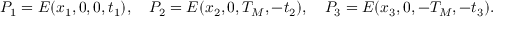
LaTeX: P _ { 1 } = E ( x _ { 1 } , 0 , 0 , t _ { 1 } ) , \quad P _ { 2 } = E ( x _ { 2 } , 0 , T _ { M } , - t _ { 2 } ) , \quad P _ { 3 } = E ( x _ { 3 } , 0 , - T _ { M } , - t _ { 3 } ) .